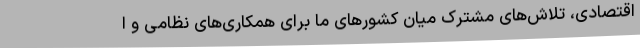
اقتصادی، تلاش‌های مشترک میان کشورهای ما برای همکاری‌های نظامی و ا